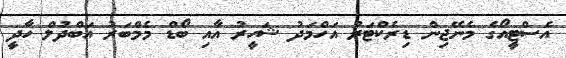
އެސްޓީއޯގެ މެނޭޖިން ޑިރެކްޓަރު އަހްމަދު ޝަހީރު އާއި ބޯޑް މެމްބަރު އަބްދުލް ހާދީ